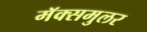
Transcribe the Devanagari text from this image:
मॅक्समुलर